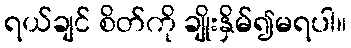
ရယ်ချင် စိတ်ကို ချိုးနှိမ်၍မရပါ။